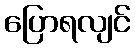
ပြောရလျင်